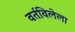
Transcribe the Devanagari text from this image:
वर्तविलेला